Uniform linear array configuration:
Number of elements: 64
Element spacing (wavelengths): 0.25
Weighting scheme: binomial
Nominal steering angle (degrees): -45
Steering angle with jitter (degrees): -44.279
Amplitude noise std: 0.05
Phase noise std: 0.05

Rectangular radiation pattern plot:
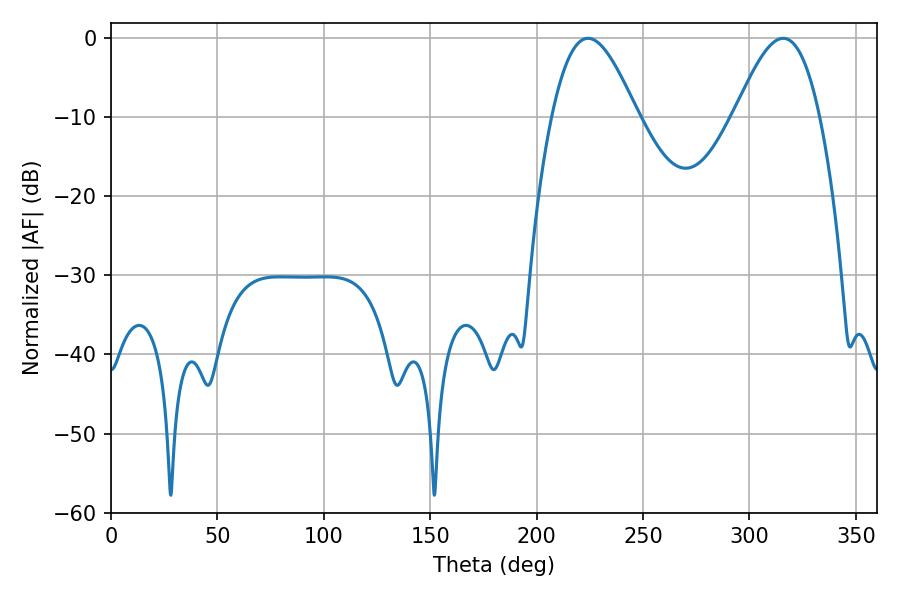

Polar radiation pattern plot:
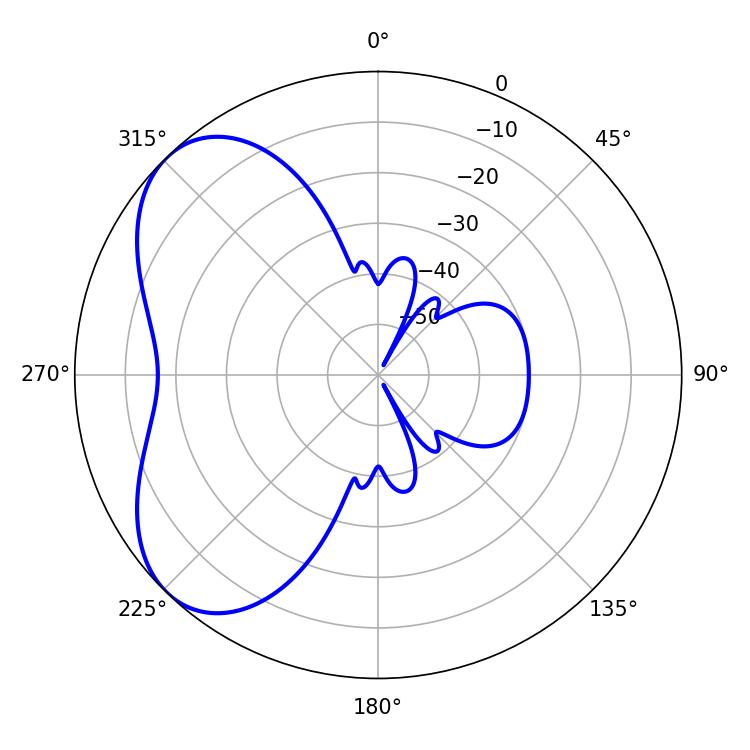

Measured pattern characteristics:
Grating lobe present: FALSE
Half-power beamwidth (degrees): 21.6
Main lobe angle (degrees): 224.1